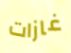
غازات